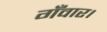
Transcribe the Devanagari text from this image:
गँवार।